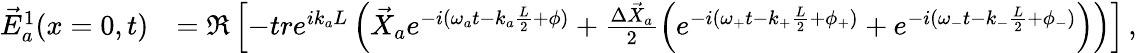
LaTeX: \begin{array}{rl}{\vec{E}_{a}^{1}(x=0,t)}&{=\Re\left[-tre^{ik_{a}L}\left(\vec{X}_{a}e^{-i(\omega_{a}t-k_{a}\frac{L}{2}+\phi)}+\frac{\Delta\vec{X}_{a}}{2}\left(e^{-i(\omega_{+}t-k_{+}\frac{L}{2}+\phi_{+})}+e^{-i(\omega_{-}t-k_{-}\frac{L}{2}+\phi_{-})}\right)\right)\right]\, ,}\end{array}